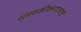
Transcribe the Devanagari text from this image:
संगणकीकरणासाठी